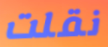
نقلت